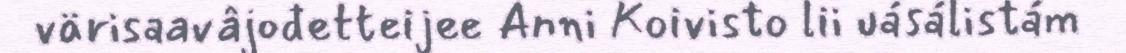
värisaavâjođetteijee Anni Koivisto lii uásálistám